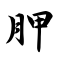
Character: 胛